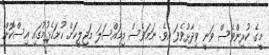
މީގެ ކުރިންވެސް ވަނީ ވިދާޅުވެފަ އެވެ. ނަމަވެސް މިމައްސަލަ މަޖިލީހަށް ހުށަހެޅުމުގައި އިސްކޮށް